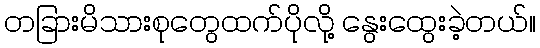
တခြားမိသားစုတွေထက်ပိုလို့ နွေးထွေးခဲ့တယ်။